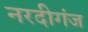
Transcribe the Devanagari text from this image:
नरदीगंज